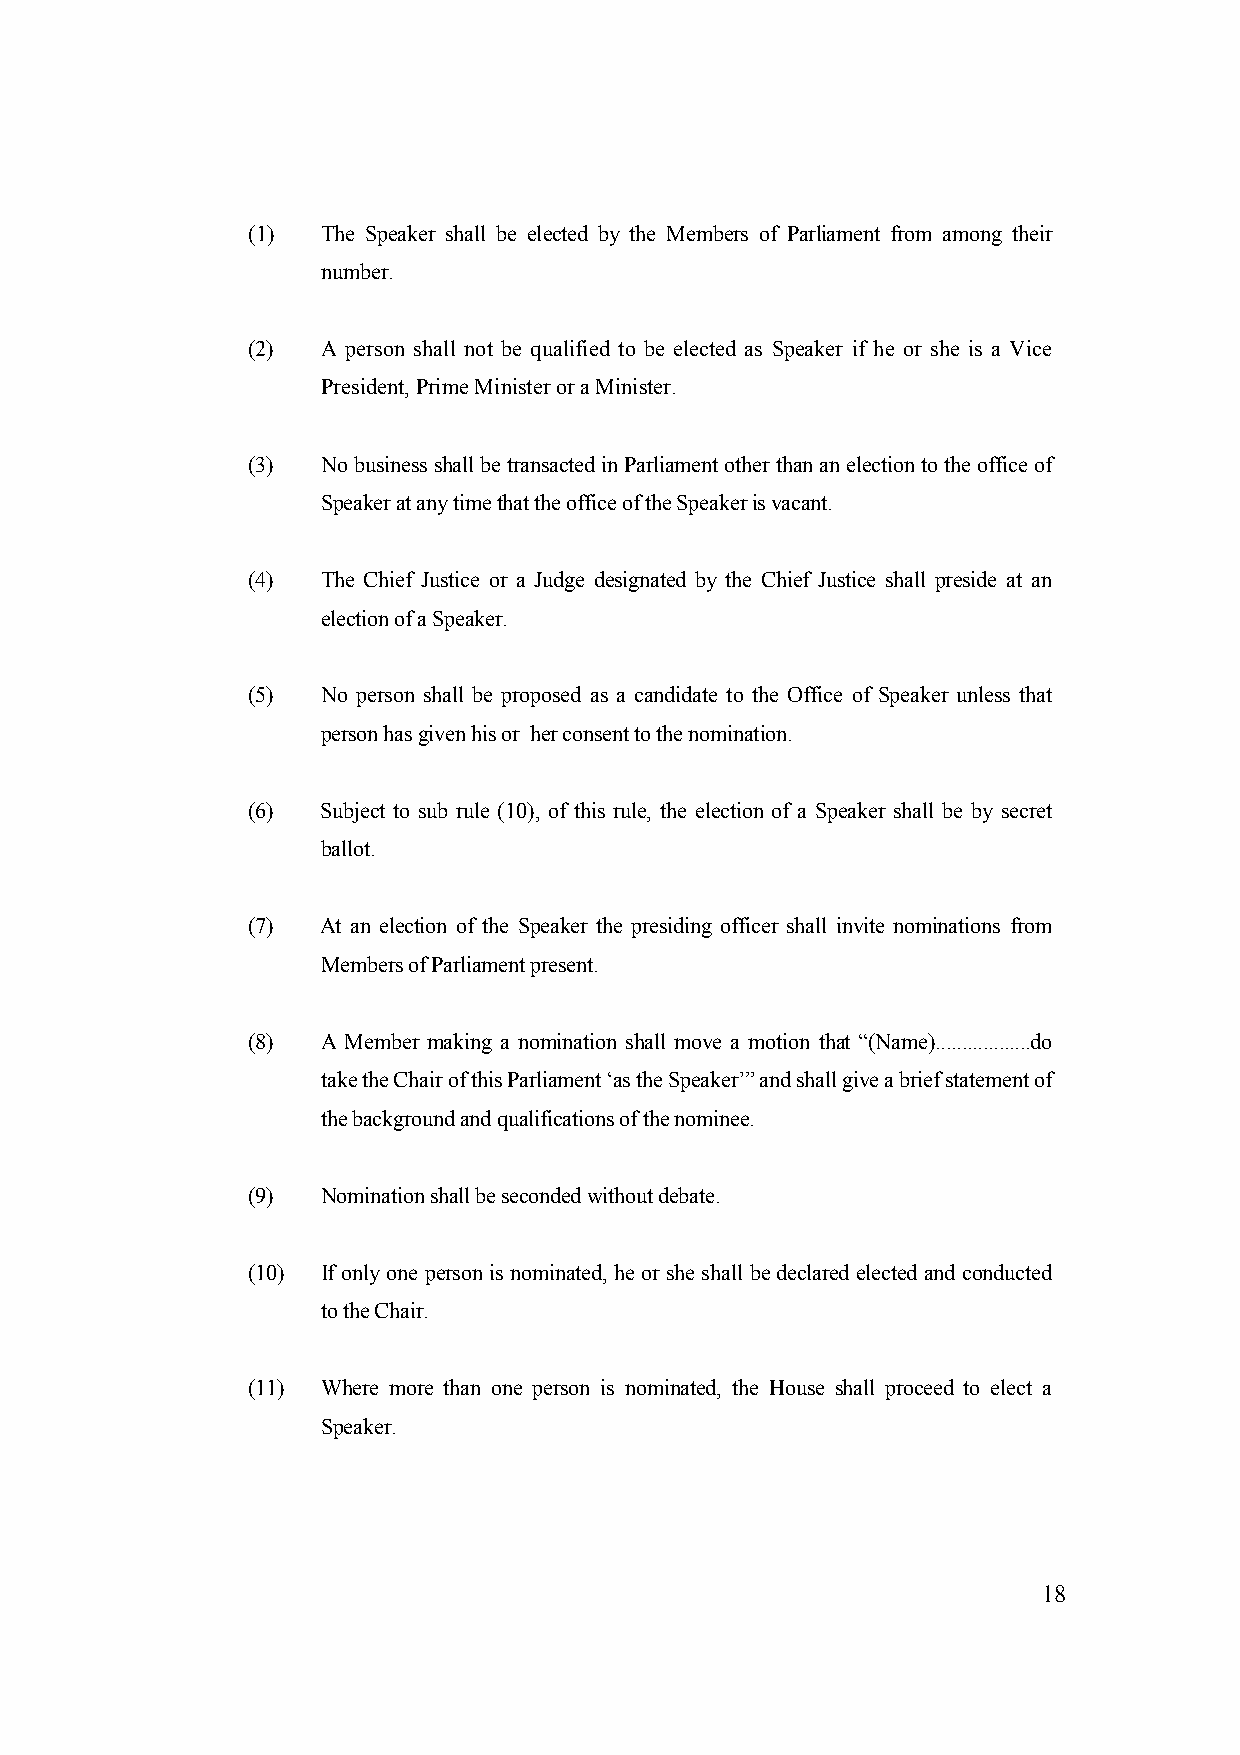
(1)  The Speaker shall be elected by the Members of Parliament from among their
 number.
 (2)  A person shall not be qualified to be elected as Speaker if he or she is a Vice
 President, Prime Minister or a Minister.
 (3)  No business shall be transacted in Parliament other than an election to the office of
 Speaker at any time that the office of the Speaker is vacant.
 (4)  The Chief Justice or a Judge designated by the Chief Justice shall preside at an
 election of a Speaker.
 (5)  No person shall be proposed as a candidate to the Office of Speaker unless that
 person has given his or her consent to the nomination.
 (6)  Subject to sub rule (10), of this rule, the election of a Speaker shall be by secret
 ballot.
 (7)  At an election of the Speaker the presiding officer shall invite nominations from
 Members of Parliament present.
 (8)  A Member making a nomination shall move a motion that “(Name)..................do
 take the Chair of this Parliament ‘as the Speaker’” and shall give a brief statement of
 the background and qualifications of the nominee.
 (9)  Nomination shall be seconded without debate.
 (10) If only one person is nominated, he or she shall be declared elected and conducted
 to the Chair.
 (11) Where more than one person is nominated, the House shall proceed to elect a
 Speaker.
 18